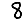
Digit: 8